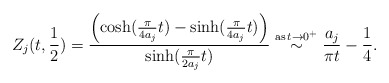
\begin{align*}Z_j(t,\frac{1}{2})=\frac{\left(\cosh(\frac{\pi}{4a_j}t)-\sinh(\frac{\pi}{4a_j}t)\right)}{\sinh(\frac{\pi}{2a_j}t)} \stackrel{\textrm{as} \, t\rightarrow 0^+}{\sim} \frac{a_j}{\pi t}-\frac{1}{4}.\end{align*}